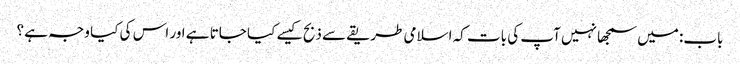
باب: میں سمجھا نہیں آپ کی بات کہ اسلامی طریقے سے ذبح کیسے کیا جاتا ہے اور اس کی کیا وجہ ہے ؟